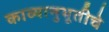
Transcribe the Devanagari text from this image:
काव्यानुभूतीचे